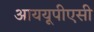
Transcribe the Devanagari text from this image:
आययूपीएसी